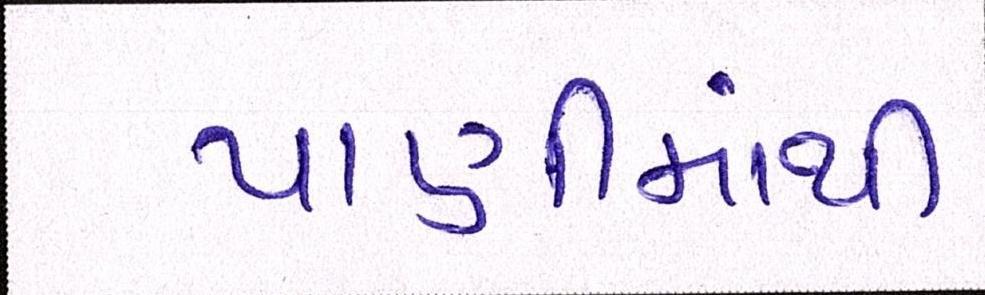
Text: પાણીમાંથી